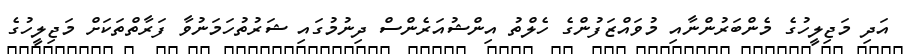
އަދި މަޖިލީހުގެ މެންބަރުންނާއި މުވައްޒަފުންގެ ހެލްތު އިންޝުއަރެންސް ދިނުމުގައި ޝަރުތުހަމަނުވާ ފަރާތްތަކަށް މަޖިލީހުގެ